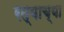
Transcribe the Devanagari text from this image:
रत्याच्या